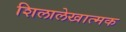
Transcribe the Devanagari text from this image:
शिलालेखात्‍मक